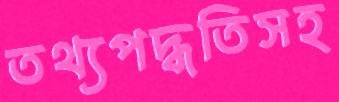
তথ্যপদ্ধতিসহ